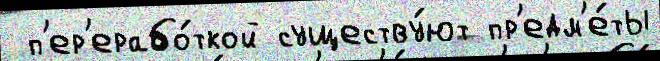
 п'ер'ерабо́ткой существу́ют пр'едм'е́ты